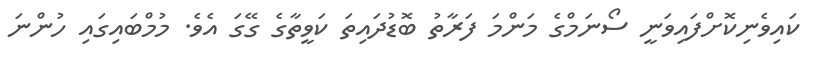
ކައިވެނިކޮށްފައިވަނީ ސޯނަމްގެ މަންމަ ފަރާތު ބޮޑުދައިތަ ކަވީތާގެ ގޭގަ އެވެ. މުމްބައިގައި ހުންނަ